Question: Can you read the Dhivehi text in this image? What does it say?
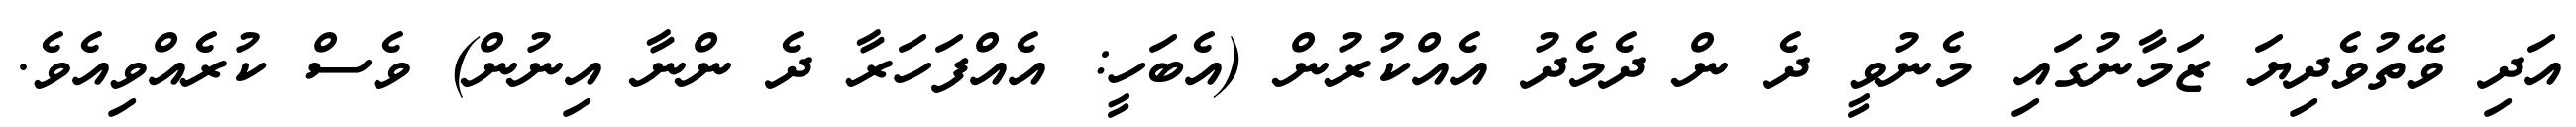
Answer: އަދި ވޭތުވެދިޔަ ޒަމާނުގައި މެނުވީ ދެ ން ދެމެދު އެއްކުރުން (އެބަހީ: އެއްފަހަރާ ދެ ންނާ އިނުން) ވެސް ކުރެއްވިއެވެ.